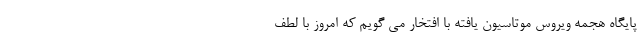
پایگاه هجمه ویروس موتاسیون یافته با افتخار می گویم که امروز با لطف